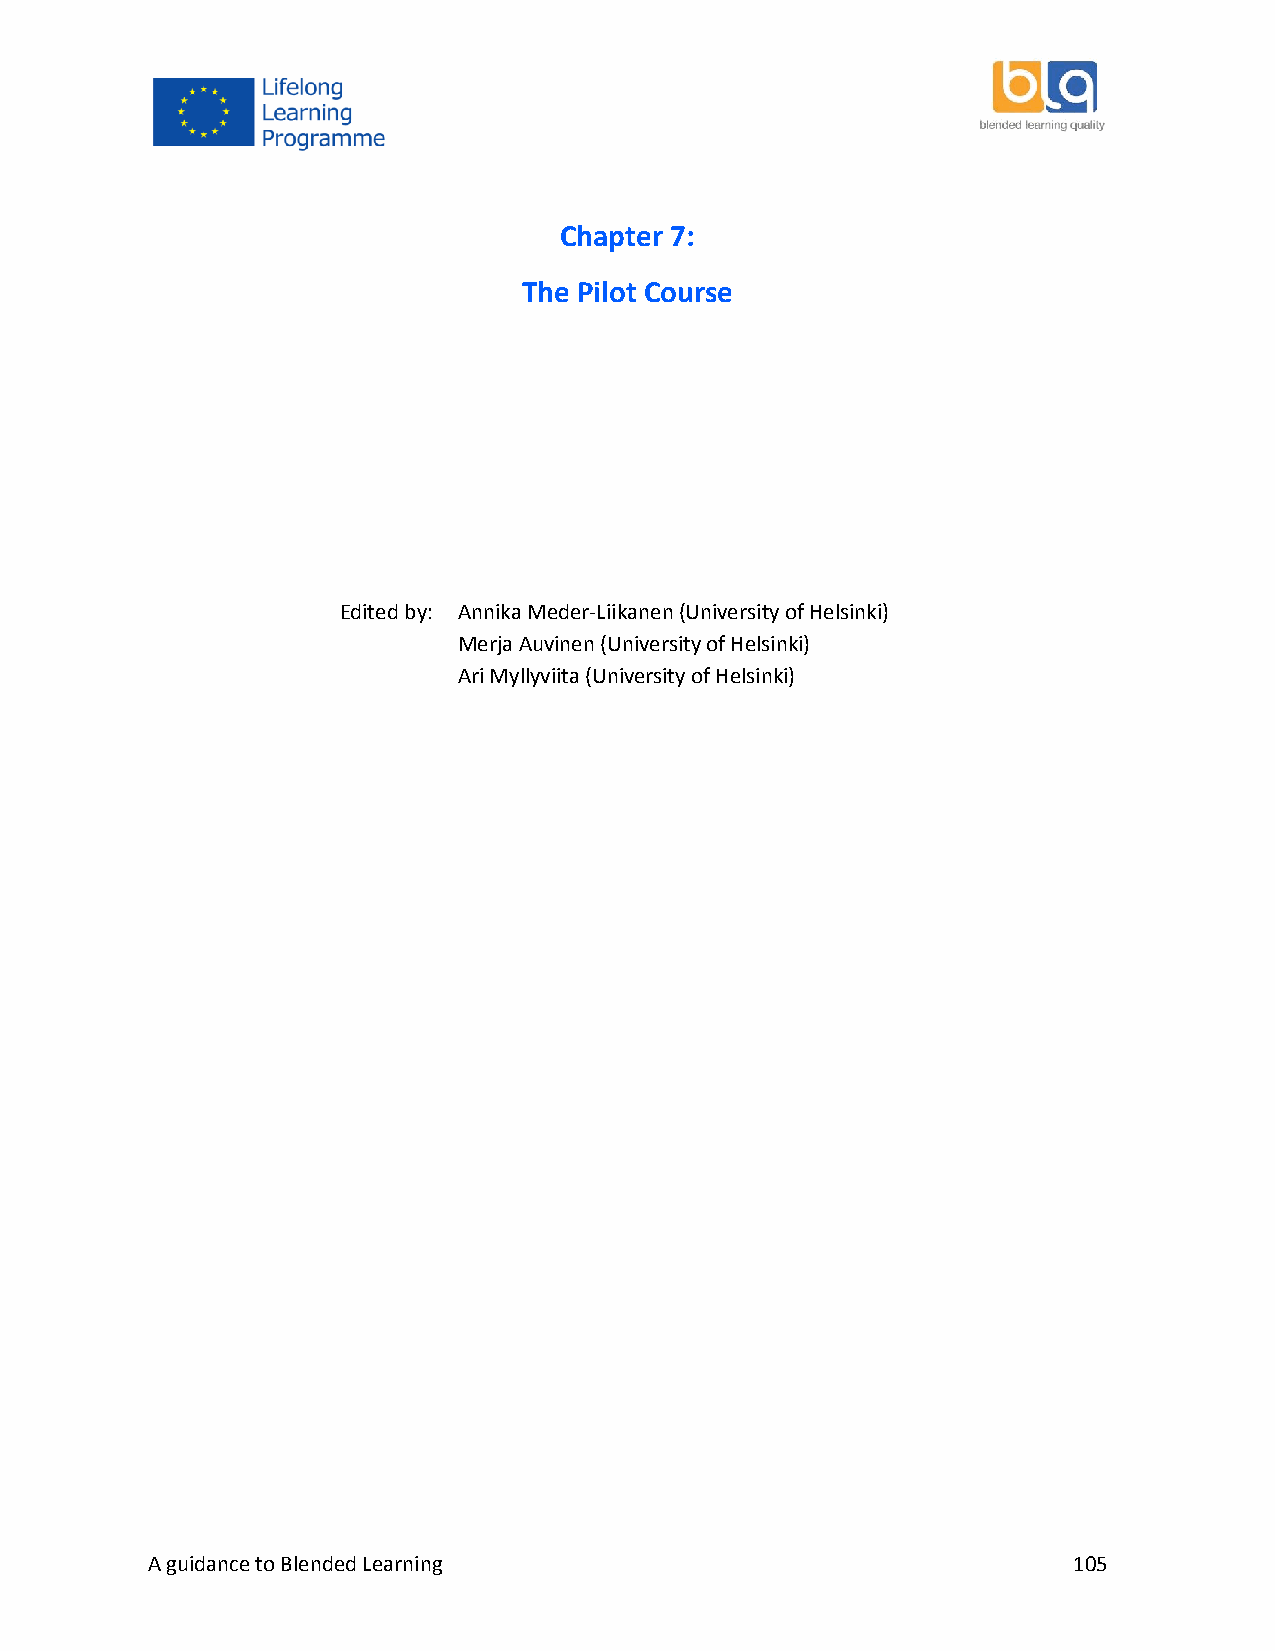
Chapter 7:
 The Pilot Course
 Edited by: Annika Meder‐Liikanen (University of Helsinki)
 Merja Auvinen (University of Helsinki)
 Ari Myllyviita (University of Helsinki)
 A guidance to Blended Learning                               105